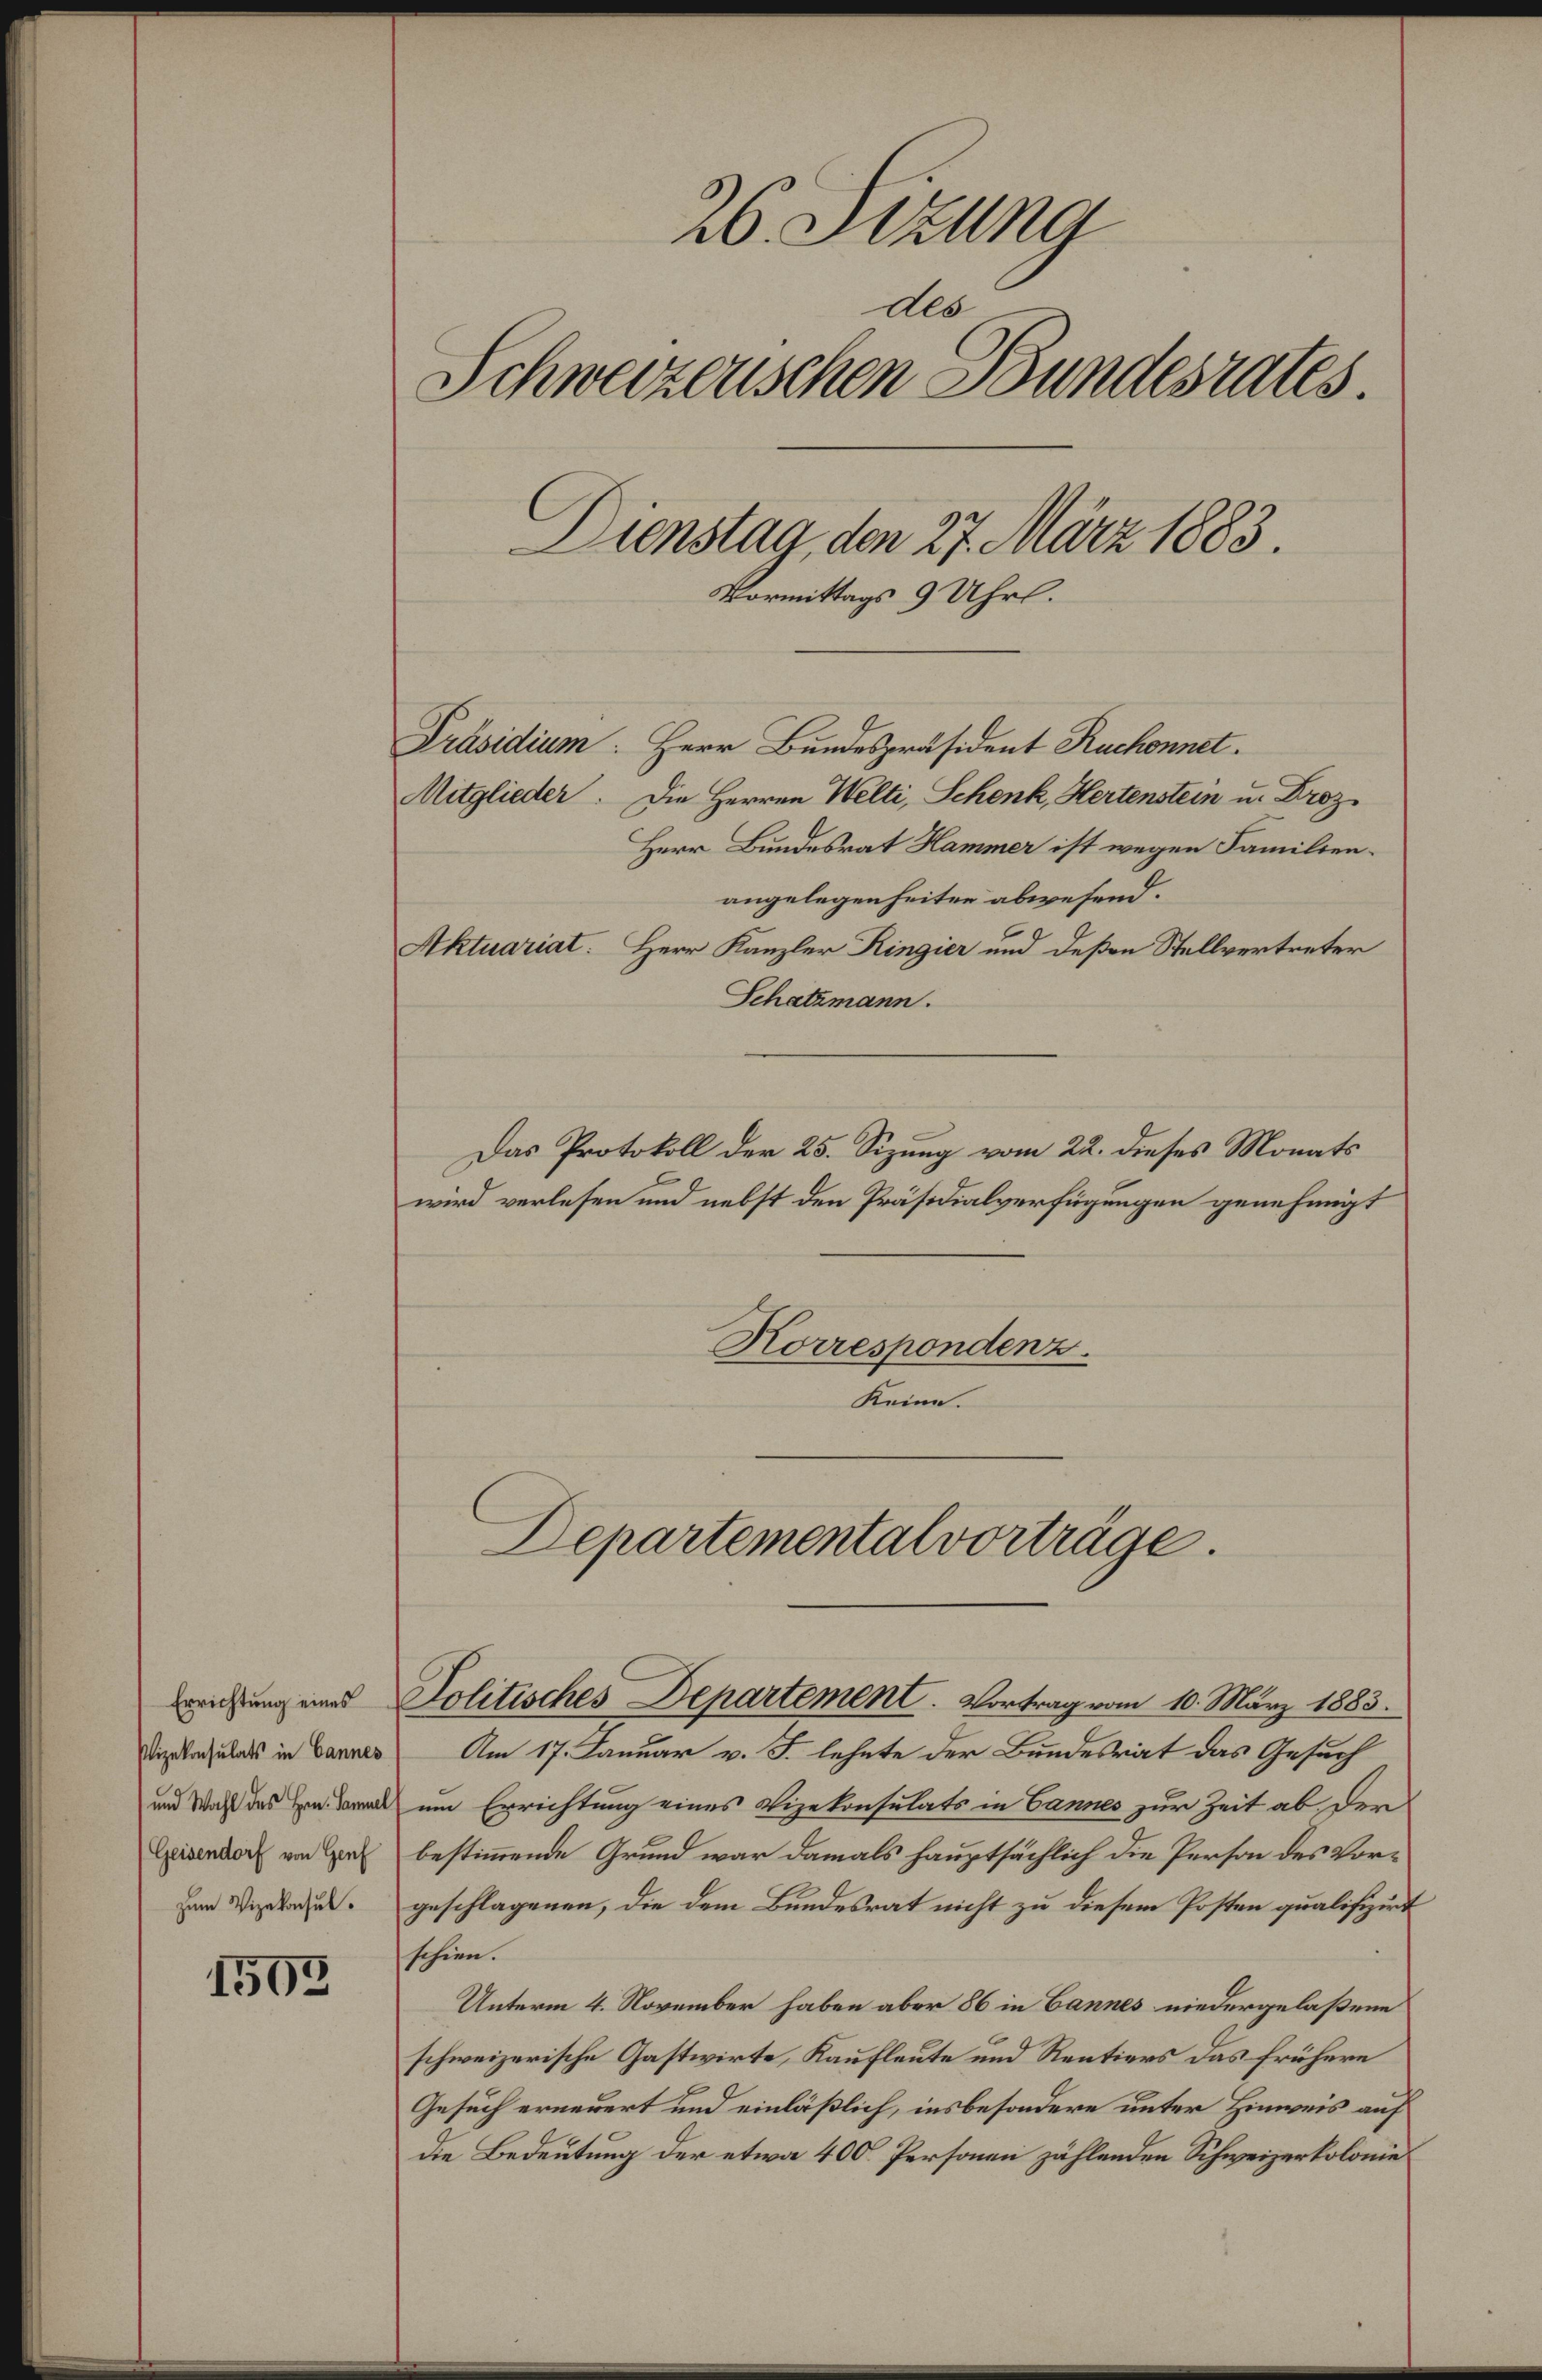
Errichtung eines
Pizekonsulats in Cannes
und Wahl des Hrn. Sammel
(Geisendorf von Genf

1503

26. Sitzung
des
Schweizerischen Bundesrates.
Dienstag, den 27. März 1883.
Vormittags 9 Uhrl.

Präsidium: Herr Bundespräsident Ruchonnet.
Mitglieder. Die Herren Welti, Schenk, Hertenstein u. Droz
Herr Bundesrat Hammer ist wegen Familienangelegenheiten abwesend.
Aktuariat. Herr Kanzler Ringier und deßen Stellvertreter
Schatzmann.
Das Protokoll der 25. Sizung vom 22. dieses Monats
wird verlesen und nebst den Präsidialverfügungen genehmigt
Korrespondenz.
Keine.
Departemental vorträge.

Politisches Departement. Vortrag vom 10. März 1883.

Am 17. Januar v. J. lehnte der Bundesrat das Gesuch
um Errichtung eines Vizekonsulats in Cannes zur Zeit ab der
bestimmende Grund war damals hauptsächlich die Person des Vor¬
Dem Vizegut geschlagenen, die dem Bundesrat nicht zu diesem Posten qualifizirt
schien.
Unterm 4. November haben aber 86 in Bannes niedergelaßene
schweizerische Gastwirte, Kaufleute und Rentiers das frühere
Gesuch erneuert und einläßlich, insbesondere unter Hinweis auf
die Bedeutung der etwa 400 Personen zählenden Schweizerkolonie